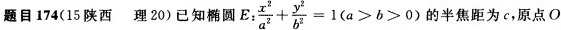
题目174(15陕西 理20)已知椭圆E: $$\frac { x ^ { 2 } } { a ^ { 2 } } + \frac { y ^ { 2 } } { b ^ { 2 } } = 1 ( a > b > 0 )$$ 的半焦距为c，原点O